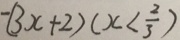
- ( 3 x + 2 ) ( x < \frac { 2 } { 3 } )